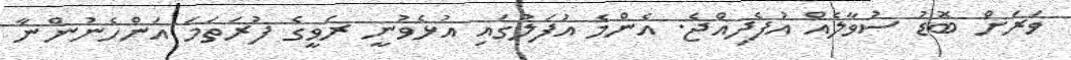
ވަރަށް ބޮޑު ސުވާލެއް އުފެދިއްޖެ. އެންމެ އުފަލުގައި އުޅެވުނީ ރަވީގެ ފުރަތަމަ އަންހެނުންނާ